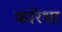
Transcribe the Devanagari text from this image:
करिधा